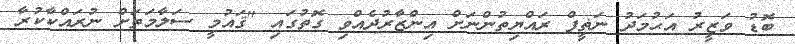
ބޮޑު ވަޒީރު އަޙުމަދު ނަޡީފް ރައްޔިތުންނަށް އިންޒާރުދެއްވި ގޮތުގައި "ޤައުމީ ސަލާމަތަށް ނުރައްކާކުރާ